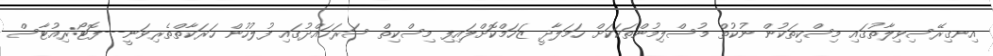
އިނގިރޭސިވިލާތުގައި މިސްކިތަކުން ނުކުތް މުސްލިމުންތަކަކަށް ހަމަލާދީ ޒަހަމްކޮށްލައިފި މިސްކިތް ސަރަހައްދުގައި ފުލުހުން ހަރަކާތްތެރިވަނީ---ފޮޓޯ:ރިއުޓާސް